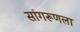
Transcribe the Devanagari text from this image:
सांगरूणला